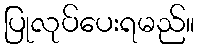
ပြုလုပ်ပေးရမည်။